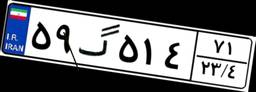
۴۳گ۰۷۲۸۴